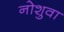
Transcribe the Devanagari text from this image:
नोशुवा